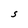
Character: S